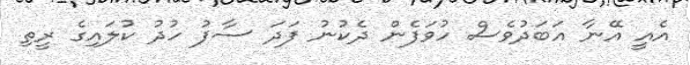
އެއީ އޭނާ އަބަދުވެސް ހުވަފެން ދެކުނު ފަދަ ސާފު ހުދު ކުލައިގެ ރީތި